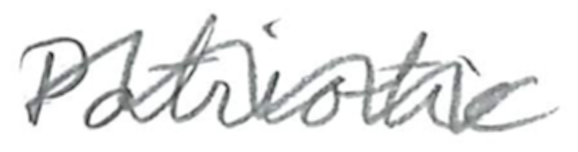
Text: Patriotic
Cross-out: mix
Writing tool: pencil